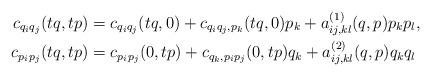
LaTeX: \begin{align*} c_{q_iq_j}(tq,tp) &= c_{q_iq_j}(tq,0)+ c_{q_iq_j,p_k}(tq,0)p_k+a^{(1)}_{ij,kl}(q,p)p_kp_l,\\ c_{p_ip_j}(tq,tp) &= c_{p_ip_j}(0,tp)+ c_{q_k,p_ip_j}(0,tp)q_k+a^{(2)}_{ij,kl}(q,p)q_kq_l \end{align*}